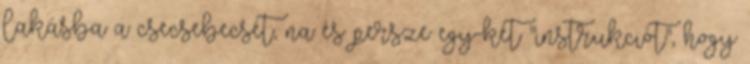
lakásba a csecsebecsét, na és persze egy-két "instrukciót", hogy